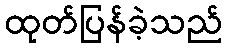
ထုတ်ပြန်ခဲ့သည်